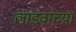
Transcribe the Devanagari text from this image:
लाडवांच्या